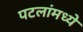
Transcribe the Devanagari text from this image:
पटलांमध्ये